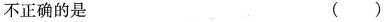
不正确的是 ( )